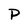
Character: P